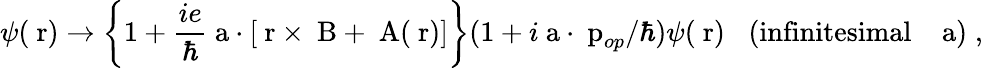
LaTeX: \psi(\mathrm{\mathbf~r})\rightarrow\left\{ 1+\frac{ie}{\hbar}{\mathrm{\mathbf~a}}\cdot[\mathrm{\mathbf~r}\times\mathrm{\mathbf~B}+\mathrm{\mathbf~A}(\mathrm{\mathbf~r})]\right\} (1+i{\mathrm{\mathbf~a}}\cdot\mathrm{\mathbf~p}_{op}/\hbar)\psi(\mathrm{\mathbf~r})\; \; \; (\mathrm{infinitesimal\; \; \; {\mathrm{\mathbf~a}})\; ,}